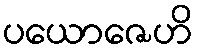
ပယောဇေဟိ